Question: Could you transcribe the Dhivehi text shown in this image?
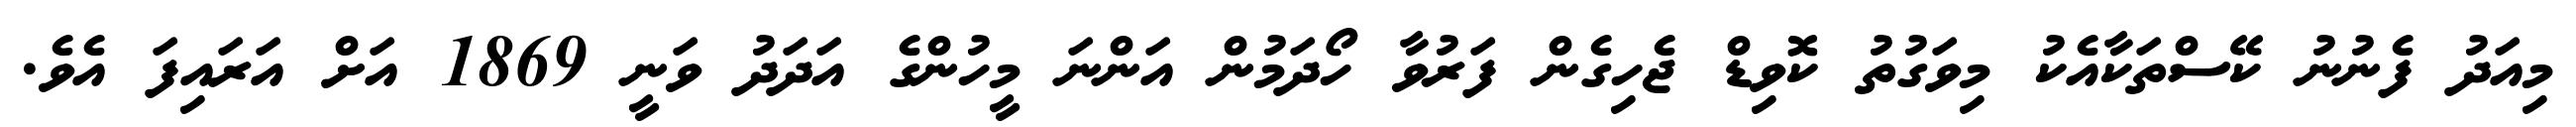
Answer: މިއަދު ފެނުނު ކޭސްތަކާއެކު މިވަގުތު ކޮވިޑް ޖެހިގެން ފަރުވާ ހޯދަމުން އަންނަ މީހުންގެ އަދަދު ވަނީ 1869 އަށް އަރައިފަ އެވެ.